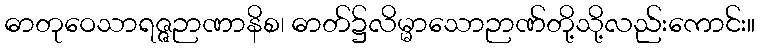
ဓာတုဝေသာရဇ္ဇဉာဏာနိစ၊ ဓာတ်၌လိမ္မာသောဉာဏ်တို့သို့လည်းကောင်း။